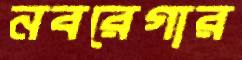
নবরেগার